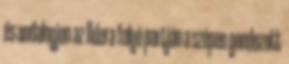
és andalogjon az Odera folyó partján a szépen gondozott